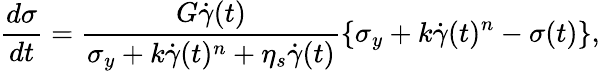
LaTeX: \frac{d\sigma}{dt}=\frac{G\dot{\gamma}(t)}{\sigma_{y}+k\dot{\gamma}(t)^{n}+\eta_{s}\dot{\gamma}(t)}\left\{ \sigma_{y}+k\dot{\gamma}(t)^{n}-\sigma(t)\right\} ,